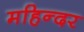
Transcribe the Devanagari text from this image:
महिन्दर